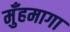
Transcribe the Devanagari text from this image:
मुँहमागा